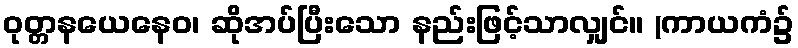
ဝုတ္တနယေနေဝ၊ ဆိုအပ်ပြီးသော နည်းဖြင့်သာလျှင်။ (ကာယကံ၌